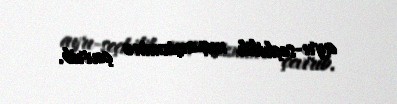
ayrı-seçkilik mexanizminə çevirib.